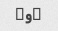
۲و۸